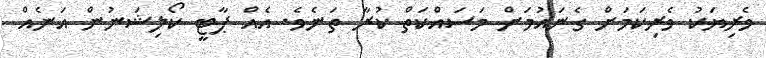
ވެރިޔަކު ވެރިކަމަށް ގެނައުމަށް މަސައްކަތް ކުރާ ތަނެވެ. އެއްް ޕާޓީ ކޯލިޝަނުން އަނެއް